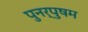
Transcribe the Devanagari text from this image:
पुनर्पुषम